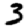
Digit: 3